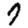
Digit: 7